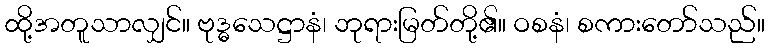
ထို့အတူသာလျှင်။ ဗုဒ္ဓသေဋ္ဌာနံ၊ ဘုရားမြတ်တို့၏။ ဝစနံ၊ စကားတော်သည်။